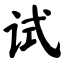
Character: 试